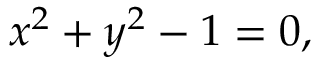
x ^ { 2 } + y ^ { 2 } - 1 = 0 ,